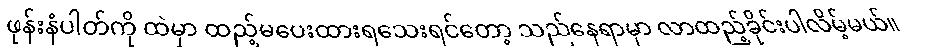
ဖုန်းနံပါတ်ကို ထဲမှာ ထည့်မပေးထားရသေးရင်တော့ သည်နေရာမှာ လာထည့်ခိုင်းပါလိမ့်မယ်။